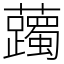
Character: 䕽